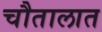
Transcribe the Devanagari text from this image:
चौतालात